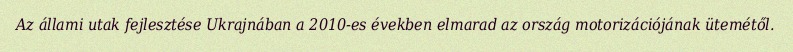
Az állami utak fejlesztése Ukrajnában a 2010-es években elmarad az ország motorizációjának ütemétől.